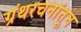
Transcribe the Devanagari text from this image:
ग्रंथरचनांतून